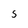
Character: s